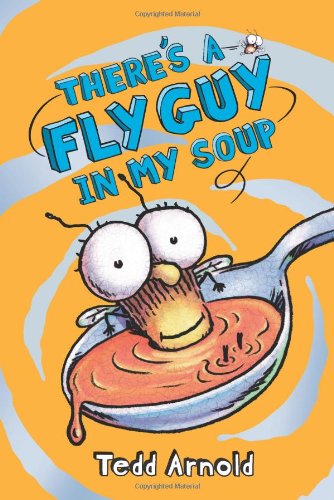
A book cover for Fly Guy #12: There's a Fly Guy in My Soup; Tedd Arnold; Children's Books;